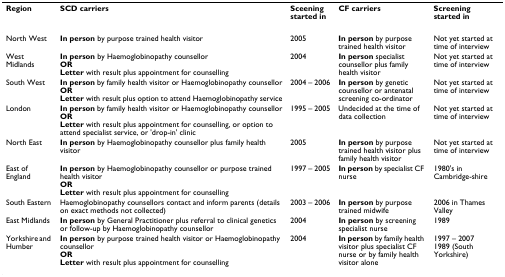
| Region | SCD carriers | Sceening started in | CF carriers | Screening started in |
 | --- | --- | --- | --- | --- |
 | North West | In person by purpose trained health visitor | 2005 | In person by purpose trained health visitor | Not yet started at time of interview |
 | West Midlands | In person by Haemoglobinopathy counsellorORLetter with result plus appointment for counselling | 2004 | In person specialist counsellor plus family health visitor | Not yet started at time of interview |
 | South West | In person by family health visitor or Haemoglobinopathy counsellorORLetter with result plus option to attend Haemoglobinopathy service | 2004 – 2006 | In person by genetic counsellor or antenatal screening co-ordinator | Not yet started at time of interview |
 | London | In person by family health visitor or Haemoglobinopathy counsellorORLetter with result plus appointment for counselling, or option to attend specialist service, or 'drop-in' clinic | 1995 – 2005 | Undecided at the time of data collection | Not yet started at time of interview |
 | North East | In person by Haemoglobinopathy counsellor plus family health visitor | 2005 | In person by purpose trained health visitor plus family health visitor | Not yet started at time of interview |
 | East of England | In person by Haemoglobinopathy counsellor or purpose trained health visitorORLetter with result plus appointment for counselling | 1997 – 2005 | In person by specialist CF nurse | 1980's in Cambridge-shire |
 | South Eastern | Haemoglobinopathy counsellors contact and inform parents (details on exact methods not collected) | 2003 – 2006 | In person by purpose trained midwife | 2006 in Thames Valley |
 | East Midlands | In person by General Practitioner plus referral to clinical genetics or follow-up by Haemoglobinopathy counsellor | 2004 | In person by screening specialist nurse | 1989 |
 | Yorkshire and Humber | In person by purpose trained health visitor or Haemoglobinopathy counsellorORLetter with result plus appointment for counselling | 2004 | In person by family health visitor plus specialist CF nurse or by family health visitor alone | 1997 – 20071989 (South Yorkshire) |